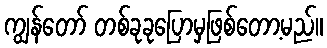
ကျွန်တော် တစ်ခုခုပြောမှဖြစ်တော့မည်။